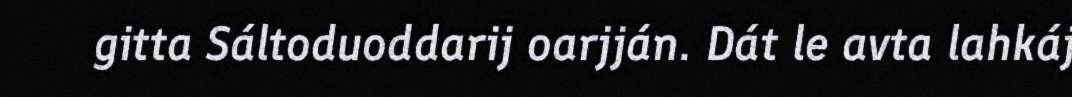
gitta Sáltoduoddarij oarjján. Dát le avta lahkáj